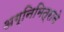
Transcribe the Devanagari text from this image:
अग्निमित्राने